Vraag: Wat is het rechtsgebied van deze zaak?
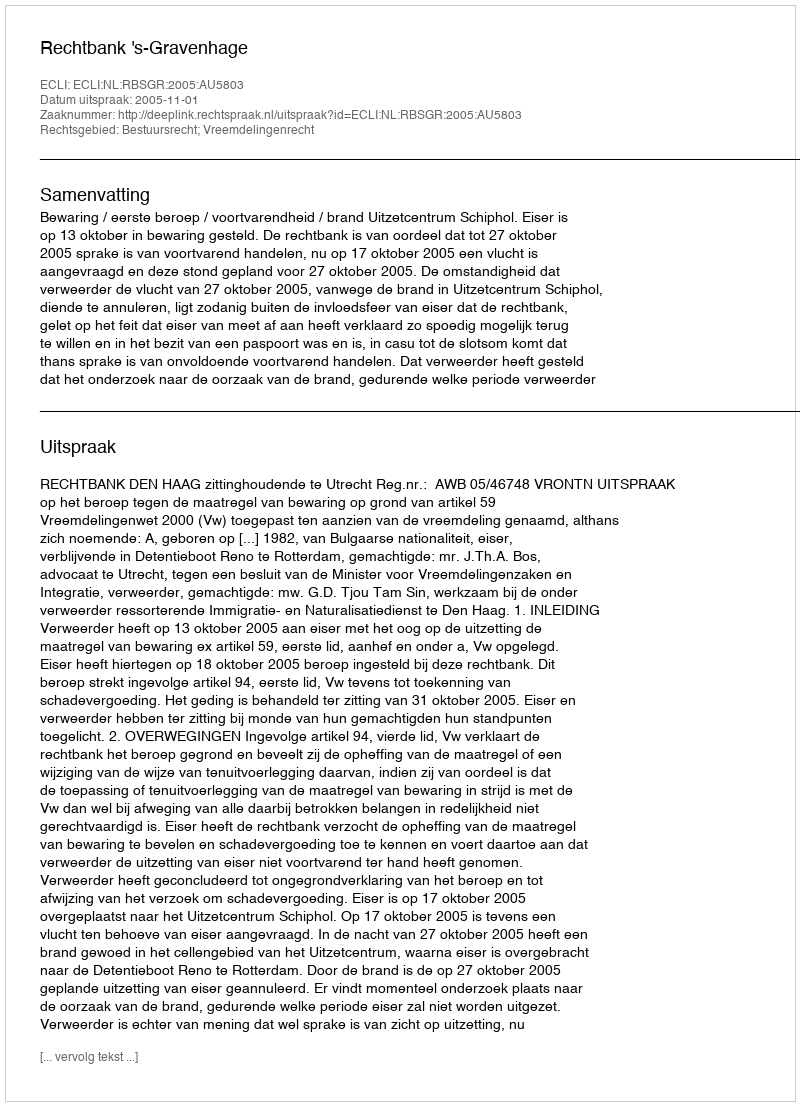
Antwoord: Bestuursrecht; Vreemdelingenrecht